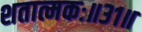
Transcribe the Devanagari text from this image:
शतात्मकः॥३१॥